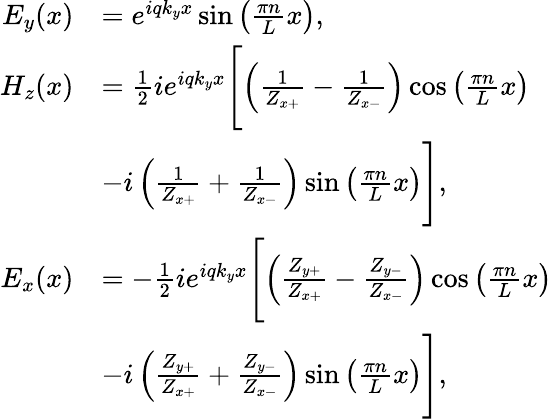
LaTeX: \begin{array}{rl}{E_{y}(x)}&{=e^{iqk_{y}x}\sin\left(\frac{\pi n}{L}x\right),}\\ {H_{z}(x)}&{=\frac{1}{2}ie^{iqk_{y}x}\Biggl[\left(\frac{1}{Z_{x+}}-\frac{1}{Z_{x-}}\right)\cos\left(\frac{\pi n}{L}x\right)}\\ &{-i\left(\frac{1}{Z_{x+}}+\frac{1}{Z_{x-}}\right)\sin\left(\frac{\pi n}{L}x\right)\Biggr],}\\ {E_{x}(x)}&{=-\frac{1}{2}ie^{iqk_{y}x}\Biggl[\left(\frac{Z_{y+}}{Z_{x+}}-\frac{Z_{y-}}{Z_{x-}}\right)\cos\left(\frac{\pi n}{L}x\right)}\\ &{-i\left(\frac{Z_{y+}}{Z_{x+}}+\frac{Z_{y-}}{Z_{x-}}\right)\sin\left(\frac{\pi n}{L}x\right)\Biggr],}\end{array}